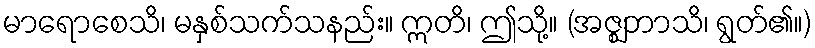
မာရောစေသိ၊ မနှစ်သက်သနည်း။ ဣတိ၊ ဤသို့။ (အဇ္ဈဘာသိ၊ ရွတ်၏။)